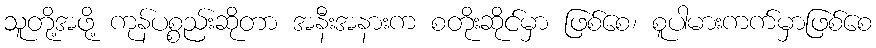
သူတို့အဖို့ ကုန်ပစ္စည်းဆိုတာ အနီးအနားက စတိုးဆိုင်မှာ ဖြစ်စေ၊ စူပါမားကက်မှာဖြစ်စေ